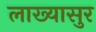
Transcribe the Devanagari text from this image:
लाख्यासुर